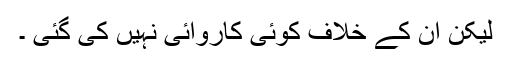
لیکن اُن کے خلاف کوئی کاروائی نہیں کی گئی ۔